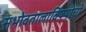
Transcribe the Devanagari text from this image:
सभोवतालाविषयीची